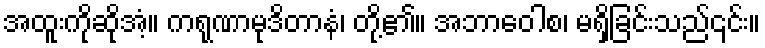
အထူးကိုဆိုအံ့။ ကရုဏာမုဒိတာနံ၊ တို့၏။ အဘာဝေါစ၊ မရှိခြင်းသည်၎င်း။